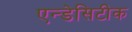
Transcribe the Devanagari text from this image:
एन्डेसिटीक